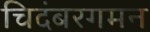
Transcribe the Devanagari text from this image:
चिदंबरगमन